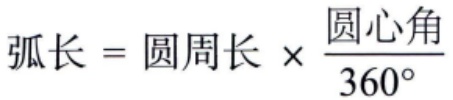
\(弧长 = 圆周长\times\frac{圆心角}{360^{\circ}}\)